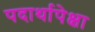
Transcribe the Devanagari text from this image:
पदार्थापेक्षा